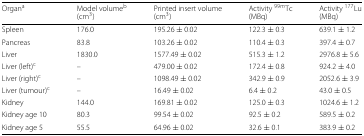
<table><thead><tr><td><b>Organ <sup>a</sup></b></td><td><b>Model volume <sup>b</sup></b></td><td><b>Printed insert volume</b></td><td><b>Activity <sup>99<i>m</i></sup>Tc</b></td><td><b>Activity <sup>177</sup>Lu</b></td></tr><tr><td></td><td><b>(cm <sup>3</sup>)</b></td><td><b>(cm <sup>3</sup>)</b></td><td><b>(MBq)</b></td><td><b>(MBq)</b></td></tr></thead><tbody><tr><td>Spleen</td><td>176.0</td><td>195.26 ± 0.02</td><td>122.3 ± 0.3</td><td>639.1 ± 1.2</td></tr><tr><td>Pancreas</td><td>83.8</td><td>103.26 ± 0.02</td><td>110.4 ± 0.3</td><td>397.4 ± 0.7</td></tr><tr><td>Liver</td><td>1830.0</td><td>1577.49 ± 0.02</td><td>515.3 ± 1.2</td><td>2976.8 ± 5.6</td></tr><tr><td>Liver (left) <sup>c</sup></td><td>–</td><td>479.00 ± 0.02</td><td>172.4 ± 0.8</td><td>924.2 ± 4.0</td></tr><tr><td>Liver (right) <sup>c</sup></td><td>–</td><td>1098.49 ± 0.02</td><td>342.9 ± 0.9</td><td>2052.6 ± 3.9</td></tr><tr><td>Liver (tumour) <sup>c</sup></td><td>–</td><td>16.49 ± 0.02</td><td>6.4 ± 0.2</td><td>43.0 ± 0.5</td></tr><tr><td>Kidney</td><td>144.0</td><td>169.81 ± 0.02</td><td>125.0 ± 0.3</td><td>1024.6 ± 1.2</td></tr><tr><td>Kidney age 10</td><td>80.3</td><td>99.54 ± 0.02</td><td>92.5 ± 0.2</td><td>589.5 ± 0.2</td></tr><tr><td>Kidney age 5</td><td>55.5</td><td>64.96 ± 0.02</td><td>32.6 ± 0.1</td><td>383.9 ± 0.2</td></tr></tbody></table>